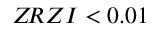
Z \! R Z I < 0 . 0 1